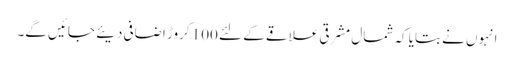
انہوں نے بتایا کہ شمال مشرقی علاقے کے لئے 100 کروڑ اضافی دیئے جائیں گے۔